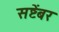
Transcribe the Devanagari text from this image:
सष्टेंबर